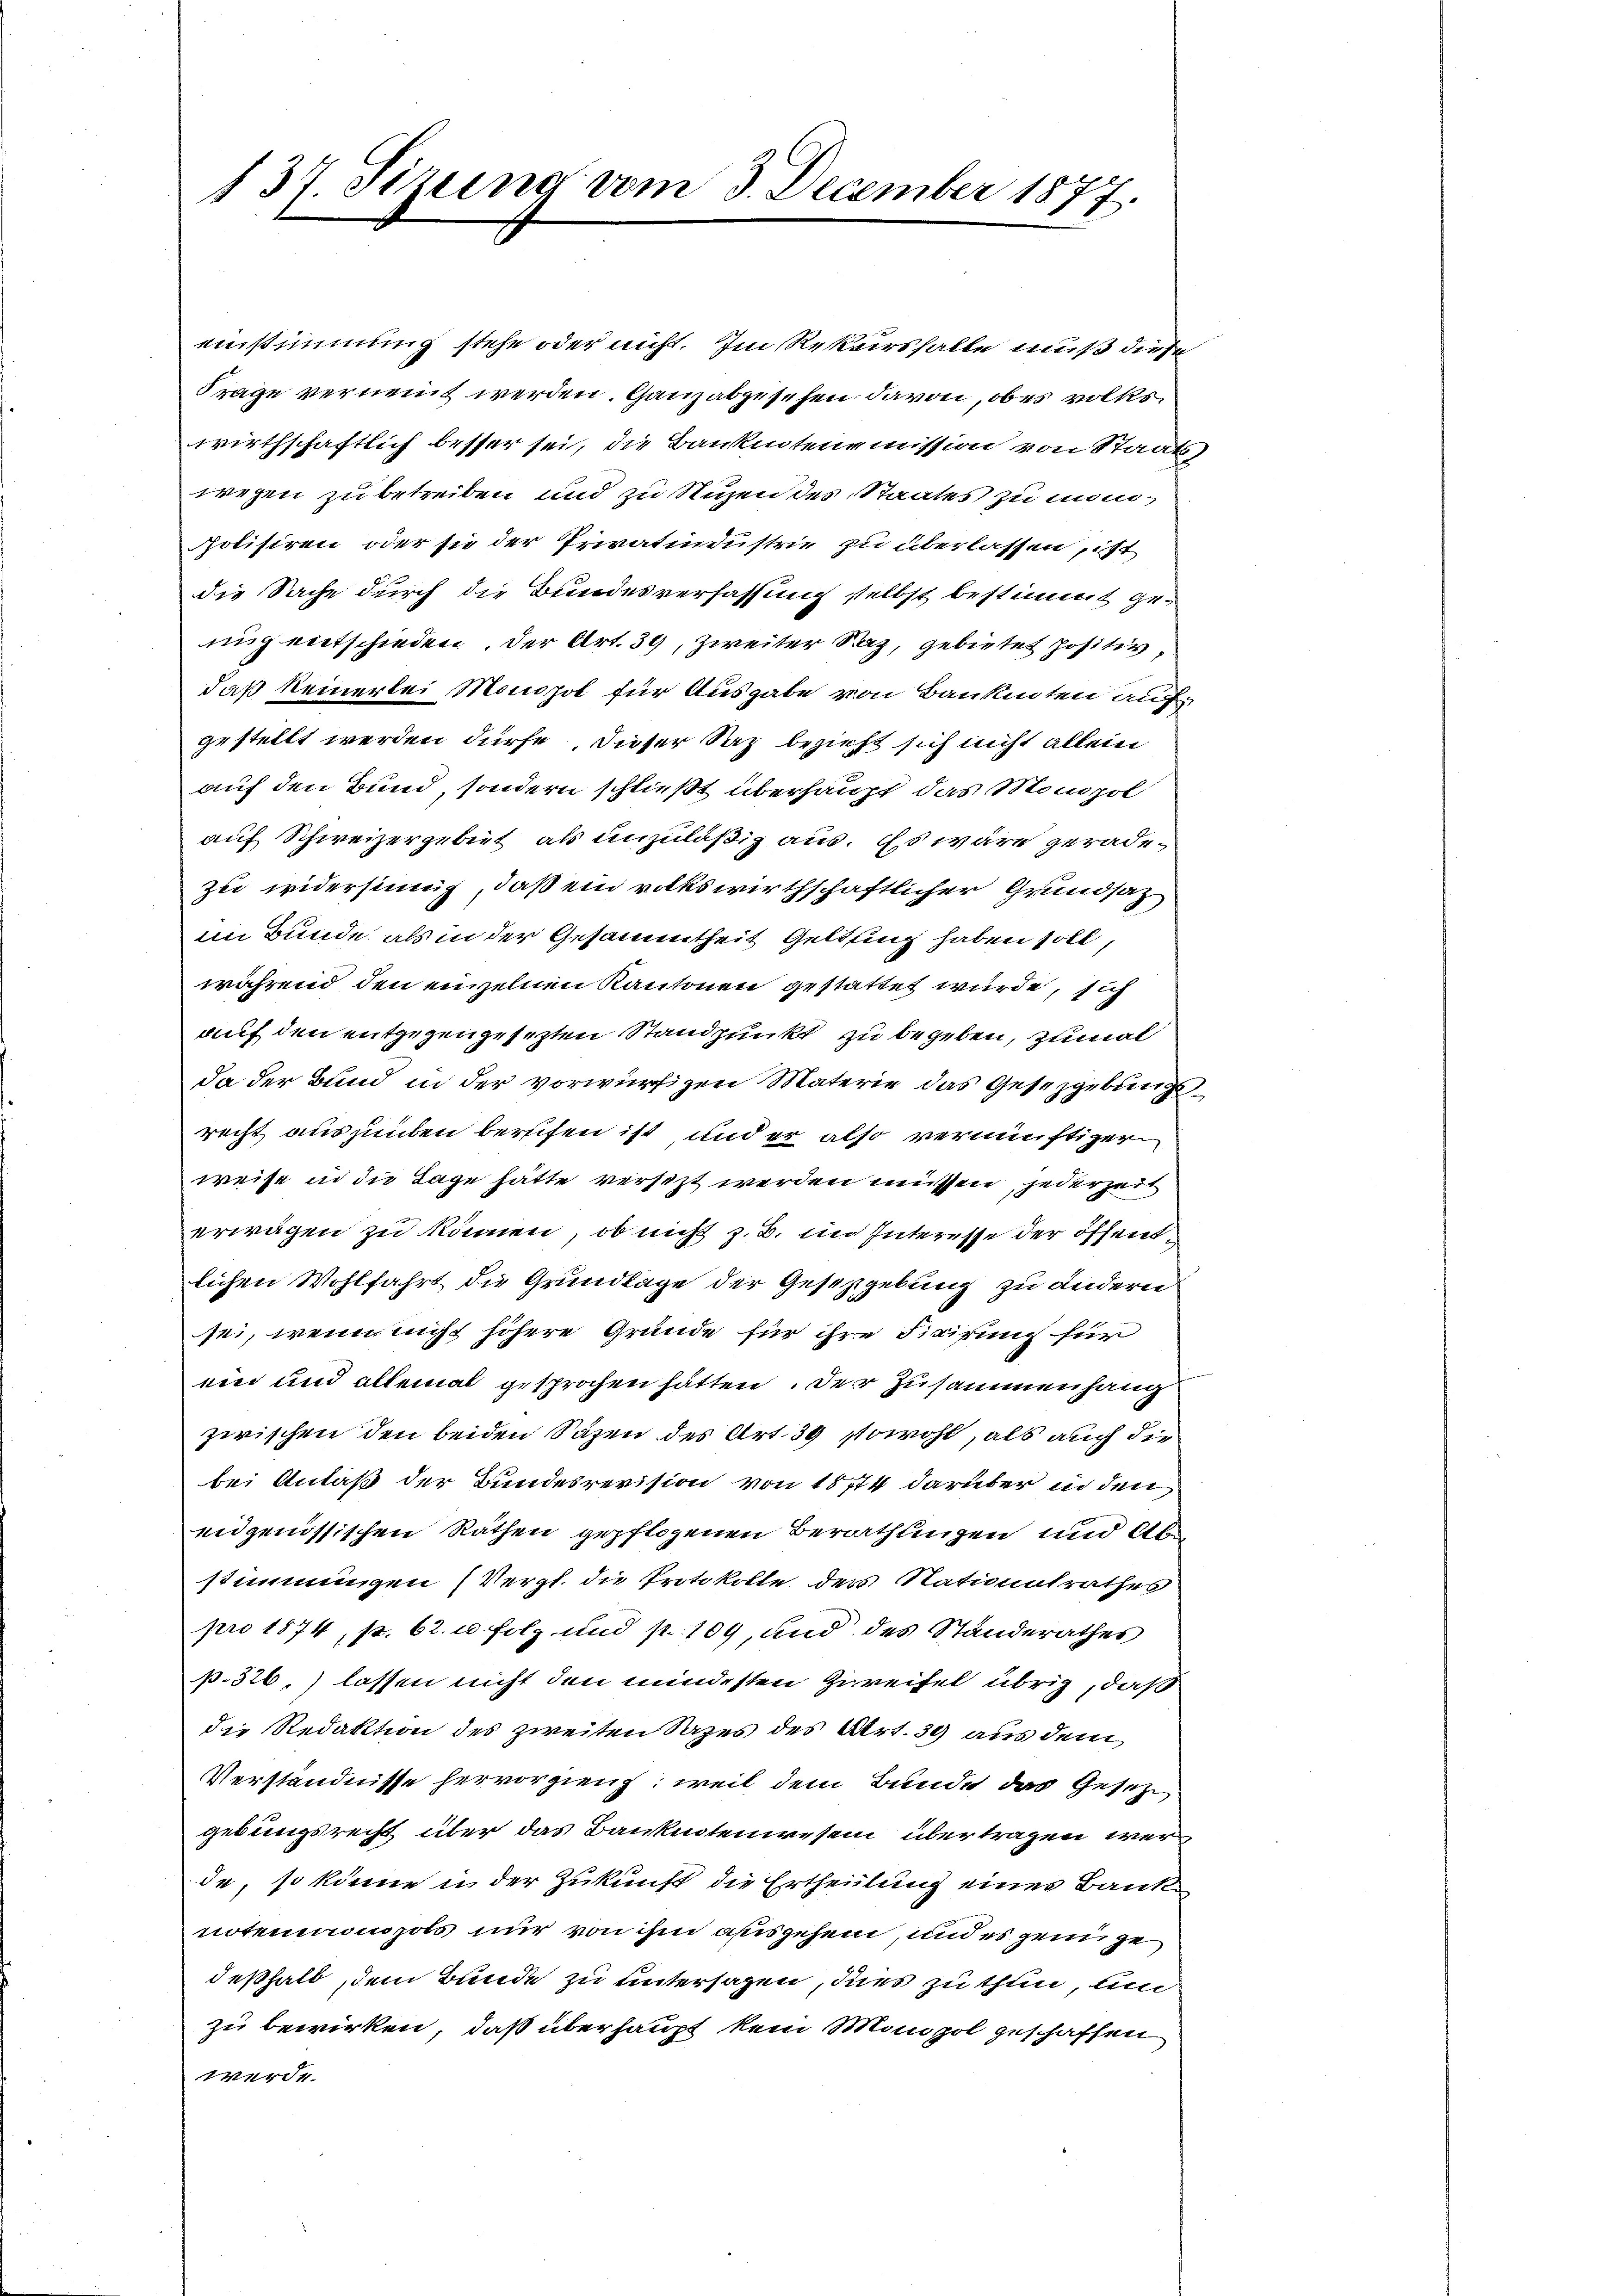
137. Sizung vom 3. December 1877.

einstimmung stehe oder nicht. Im Rekurshalte muß diese
Frage vernennt werden. Ganz abgesehen davon, ob es volkswirthschaftlich besser sei, die Bankentenemission von Staatswegen zu betreiben und zu Nuzen des Staates zu minipolisiren oder sie der Privatindustrie zu überlassen, ist
die Sache durch die Bundesverfassung selbst bestimmt geuug entschieden. Der Art. 39, Zweiter Saaz, gebietet positiv,
daß keinerlei Monopol für Ausgabe von Bankenten aufgestellt werden dürfe, dieser Saz bezieht sich nicht allein
auf den Bund, sondern schließt überhaupt, das Monopol
auf Schweizergebiet als unzuläßig aus. Es wäre gerade-
zu widersinng, daß ein volkswirthschaftlicher Grundsaz
im Bunde als in der Gesammtheit Geldung haben soll,
während den einzelnen Kantonen gestattet wurde, sich
auf den entgegengesezten Standpunkt zu begeben, zumal
da der Bund in der vorwürfigen Materie das Gesetzgebungsrecht auszuüben berufen ist und er also vernünftiger
weise in die Lage hätte versezt werden müssen, jederzeit
erwägen zu können, ob nicht z. B. im Interesse der öffentlichen Wohlfahrt die Grundlage der Gesetzgebung zu ändern
sei, wenn nicht höhere Gründe für ihre Fixirung für
ein und allemal gesprochen hätten. Der Zusammenhang
zerischen den beiden Säzen des Art. 39 sowohl, als auch die
bei Anlaß der Bundesrevision von 1874 darüber in den
eidgenössischen Rathen gepflogenen Berathungen und Abstimmungen (Vergl. die Protokolle des Nationalrathes
pro 1874, p. 62. u Folz und p. 109, und des Standerathes
p. 326.) lassen nicht den mindesten Zweifel übrig, daß
die Redaktion des zweiten Sazes des Art. 39 aus dem
Verständnisse hervorgieng, weil dem Bunde das Gesetze
gebungsrecht über das Banknotenwesen übertragen werde, so könne in der Zukunft die Ertheilung eines Bank
notenaonopols nur von ihm ausgehen, und es sein ge
deßhalb, dem Bunde zu untersagen, dies zu thun, un
zu bewirken, daß überhaupt kein Manzol geschaffen.
werde.